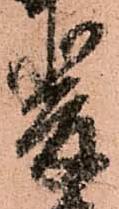
斐